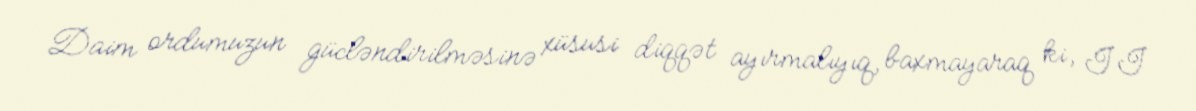
Daim ordumuzun gücləndirilməsinə xüsusi diqqət ayırmalıyıq, baxmayaraq ki, II